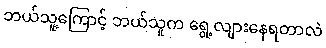
ဘယ်သူ့ကြောင့် ဘယ်သူက ရွေ့လျားနေရတာလဲ